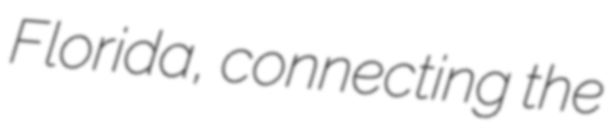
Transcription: Florida, connecting the